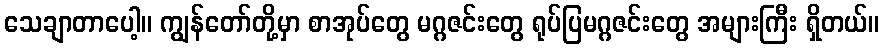
သေချာတာပေါ့။ ကျွန်တော်တို့မှာ စာအုပ်တွေ မဂ္ဂဇင်းတွေ ရုပ်ပြမဂ္ဂဇင်းတွေ အများကြီး ရှိတယ်။